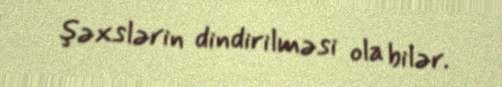
şəxslərin dindirilməsi ola bilər.